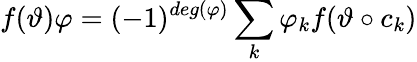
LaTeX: f(\vartheta)\varphi=(-1)^{deg(\varphi)}\sum_{k}\varphi_{k}f(\vartheta\circ c_{k})